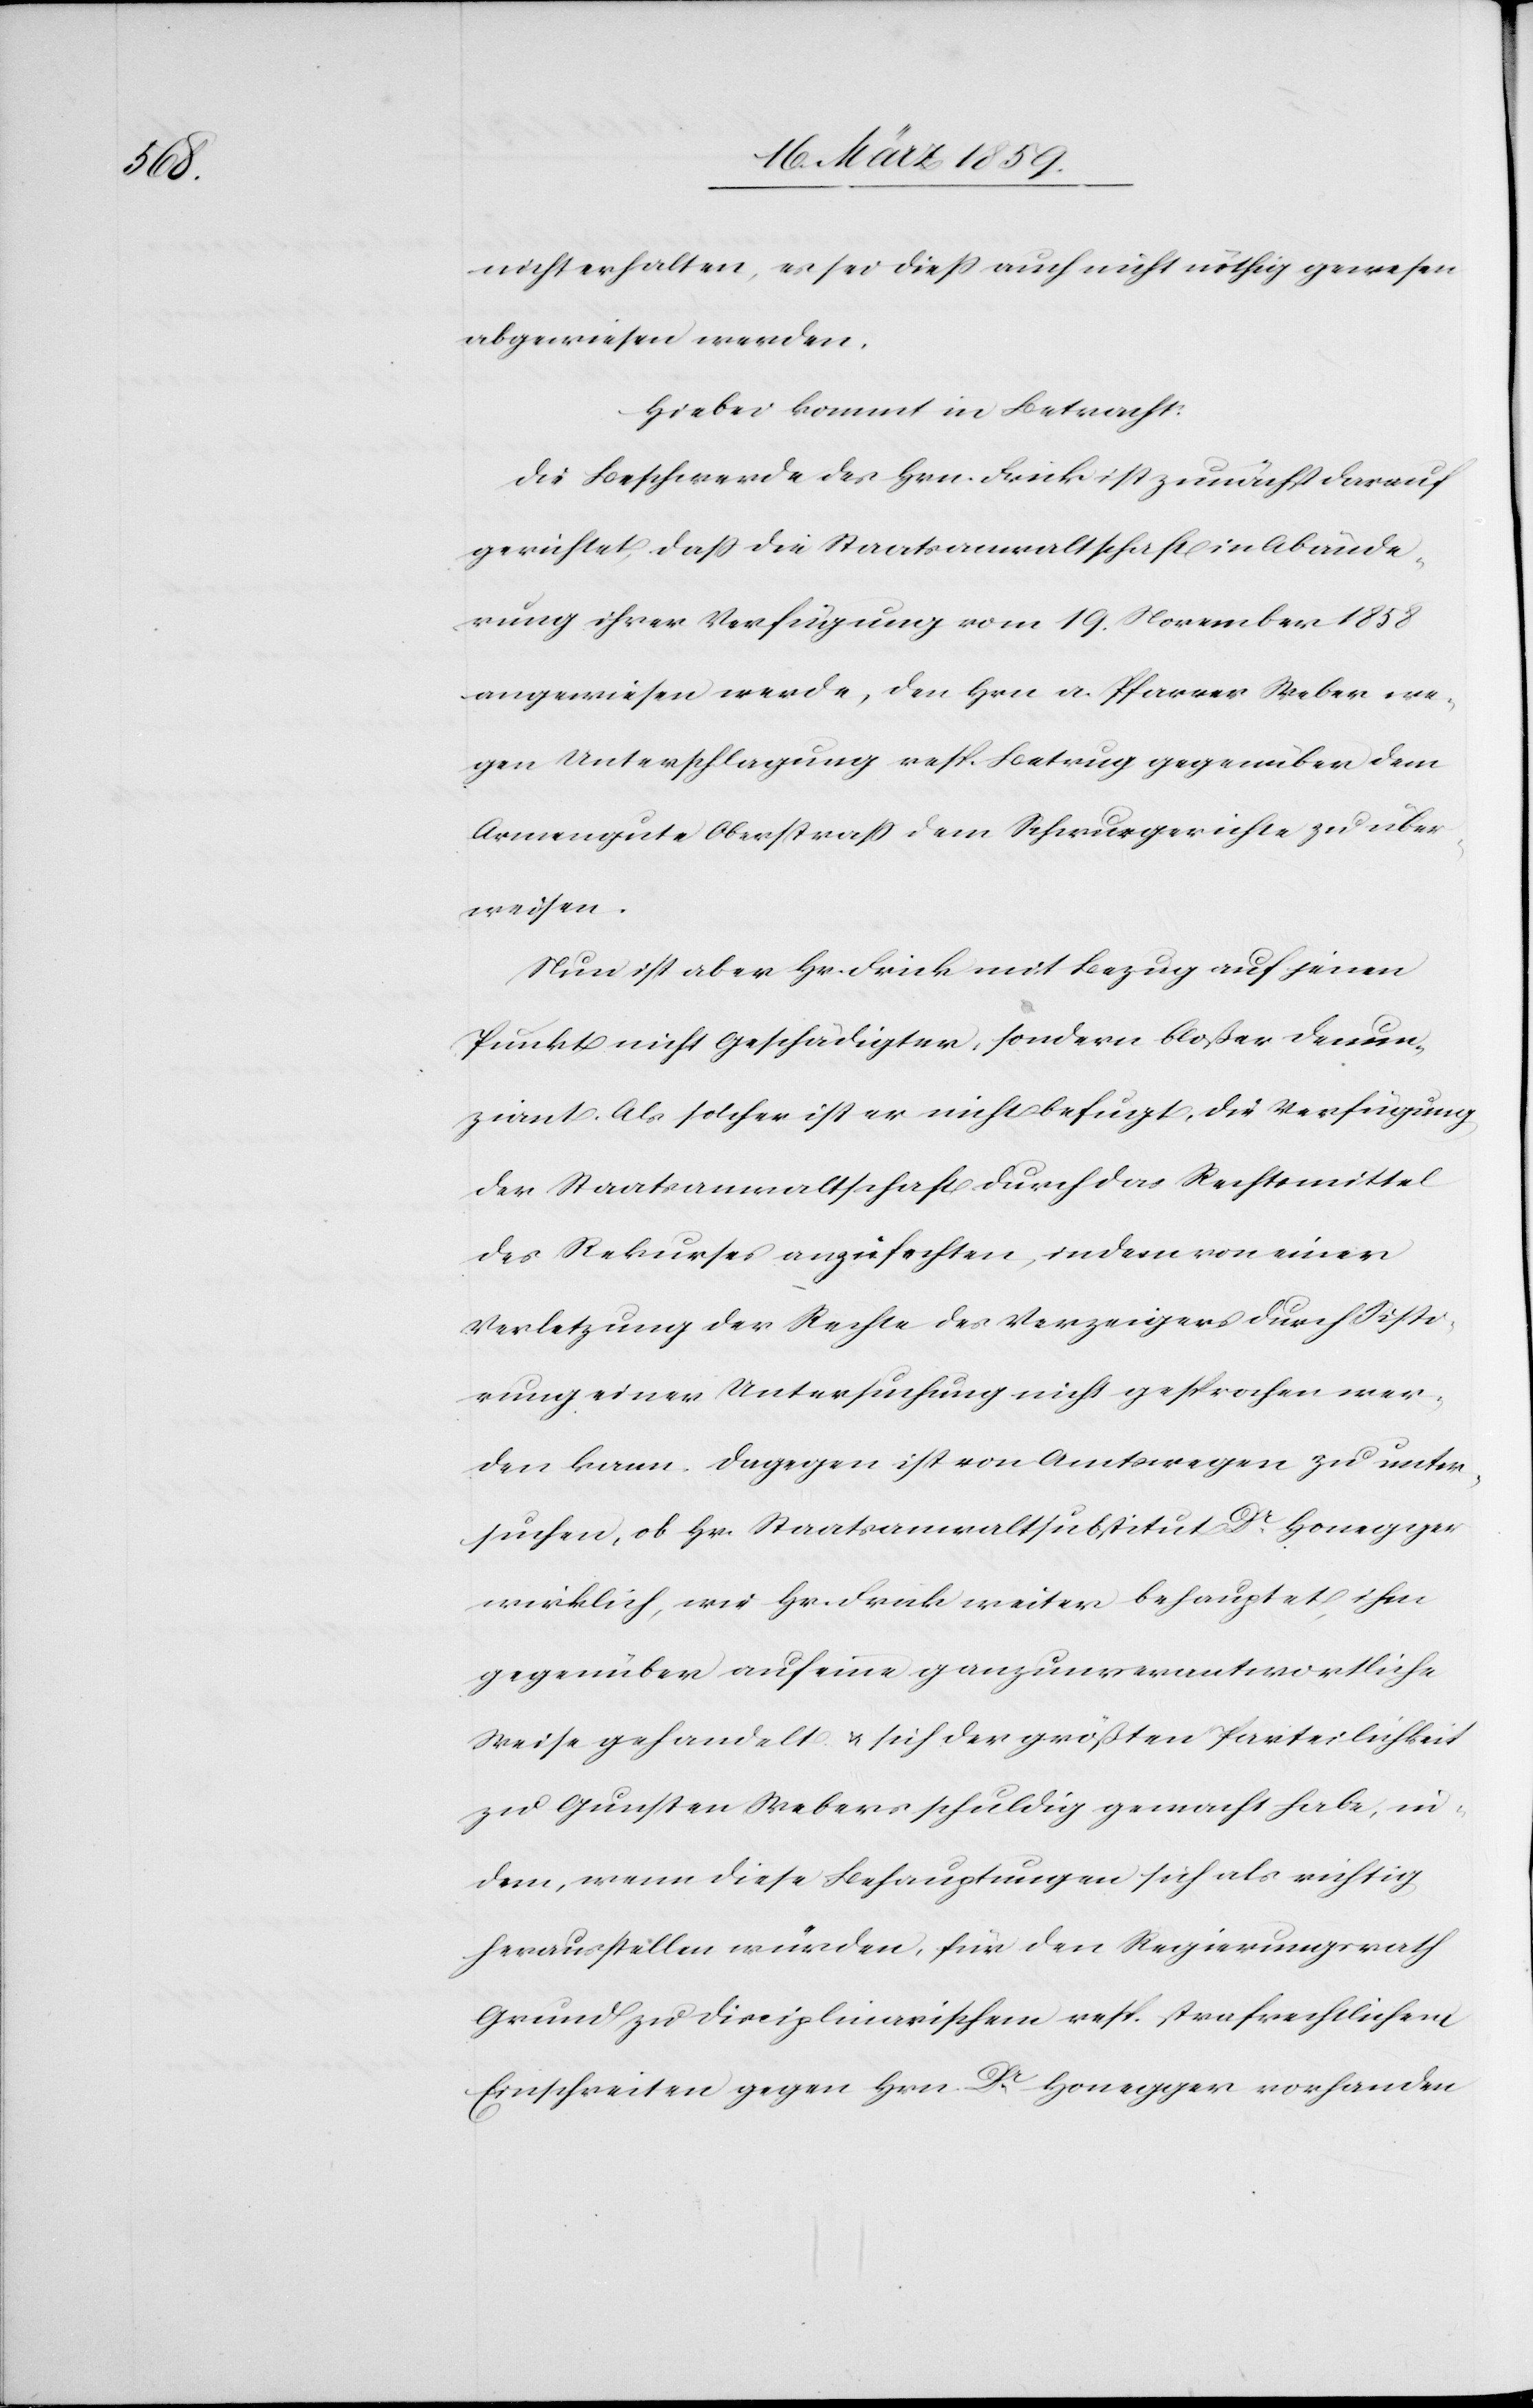
nicht erhalten, es sei dieß auch nicht nöthig gewesen[)]
abgewiesen werden.
Hiebei kommt in Betracht:
Die Beschwerde des Hrn. Frick ist zunächst darauf
gerichtet, daß die Staatsanwaltschaft in Abände¬
rung ihrer Verfügung vom 19. November 1858
angewiesen werde, dem Hrn a. Pfarrer Weber we¬
gen Unterschlagung resp. Betrug gegenüber dem
Armengute Oberstraß dem Schwurgerichte zu über¬
weisen.
Nun ist aber Hr. Frick mit Bezug auf jenen
Punkt nicht Geschädigter, sondern bloßer Denun¬
ziant. Als solcher ist er nicht befugt, die Verfügung
der Staatsanwaltschaft durch das Rechtsmittel
des Rekurses anzufechten, indem von einer
Verletzung der Rechte des Verzeigers durch Sisti¬
rung einer Untersuchung nicht gesprochen wer¬
den kann. Dagegen ist von Amtswegen zu unter¬
suchen, ob Hr. Staatsanwaltsubstitut Dr. Honegger
wirklich, wie Hr. Frick weiter behauptet, ihm
gegenüber auf eine ganz unverantwortliche
Weise gehandelt u. sich der größten Parteilichkeit
zu Gunsten Webers schuldig gemacht habe, in¬
dem , wenn diese Behauptungen sich als richtig
herausstellen würden, für den Regierungsrath
Grund zu disciplinarischen resp. strafrechtlichen
Einschreiten gegen Hrn. Dr. Honegger vorhanden